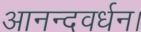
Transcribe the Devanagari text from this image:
आनन्दवर्धन।